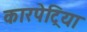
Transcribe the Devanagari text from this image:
कारपेट्रिया